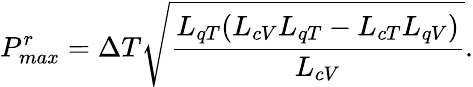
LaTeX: P_{max}^{r}=\Delta T\sqrt{\frac{L_{qT}(L_{cV}L_{qT}-L_{cT}L_{qV})}{L_{cV}}}.